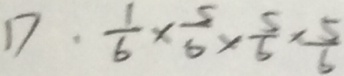
D \cdot \frac { 1 } { 6 } \times \frac { 5 } { 6 } \times \frac { 5 } { 6 } \times \frac { 5 } { 6 }